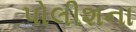
પોલીશના